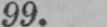
99.